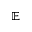
\mathbb { E }